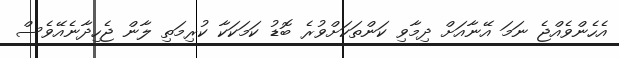
އެހެންވެއްޖެ ނަމަ އޭނާއަށް ދިމާވި ކަންތަކަށްވުރެ ބޮޑު ކަމަކަކާ ކުރިމަތި ލާން ޖެހިދާނެއޭވެސް